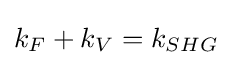
k_{F}+k_{V}=k_{SHG}